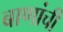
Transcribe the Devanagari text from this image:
बाणांची